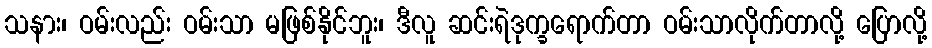
သနား၊ ဝမ်းလည်း ဝမ်းသာ မဖြစ်နိုင်ဘူး၊ ဒီလူ ဆင်းရဲဒုက္ခရောက်တာ ဝမ်းသာလိုက်တာလို့ ပြောလို့